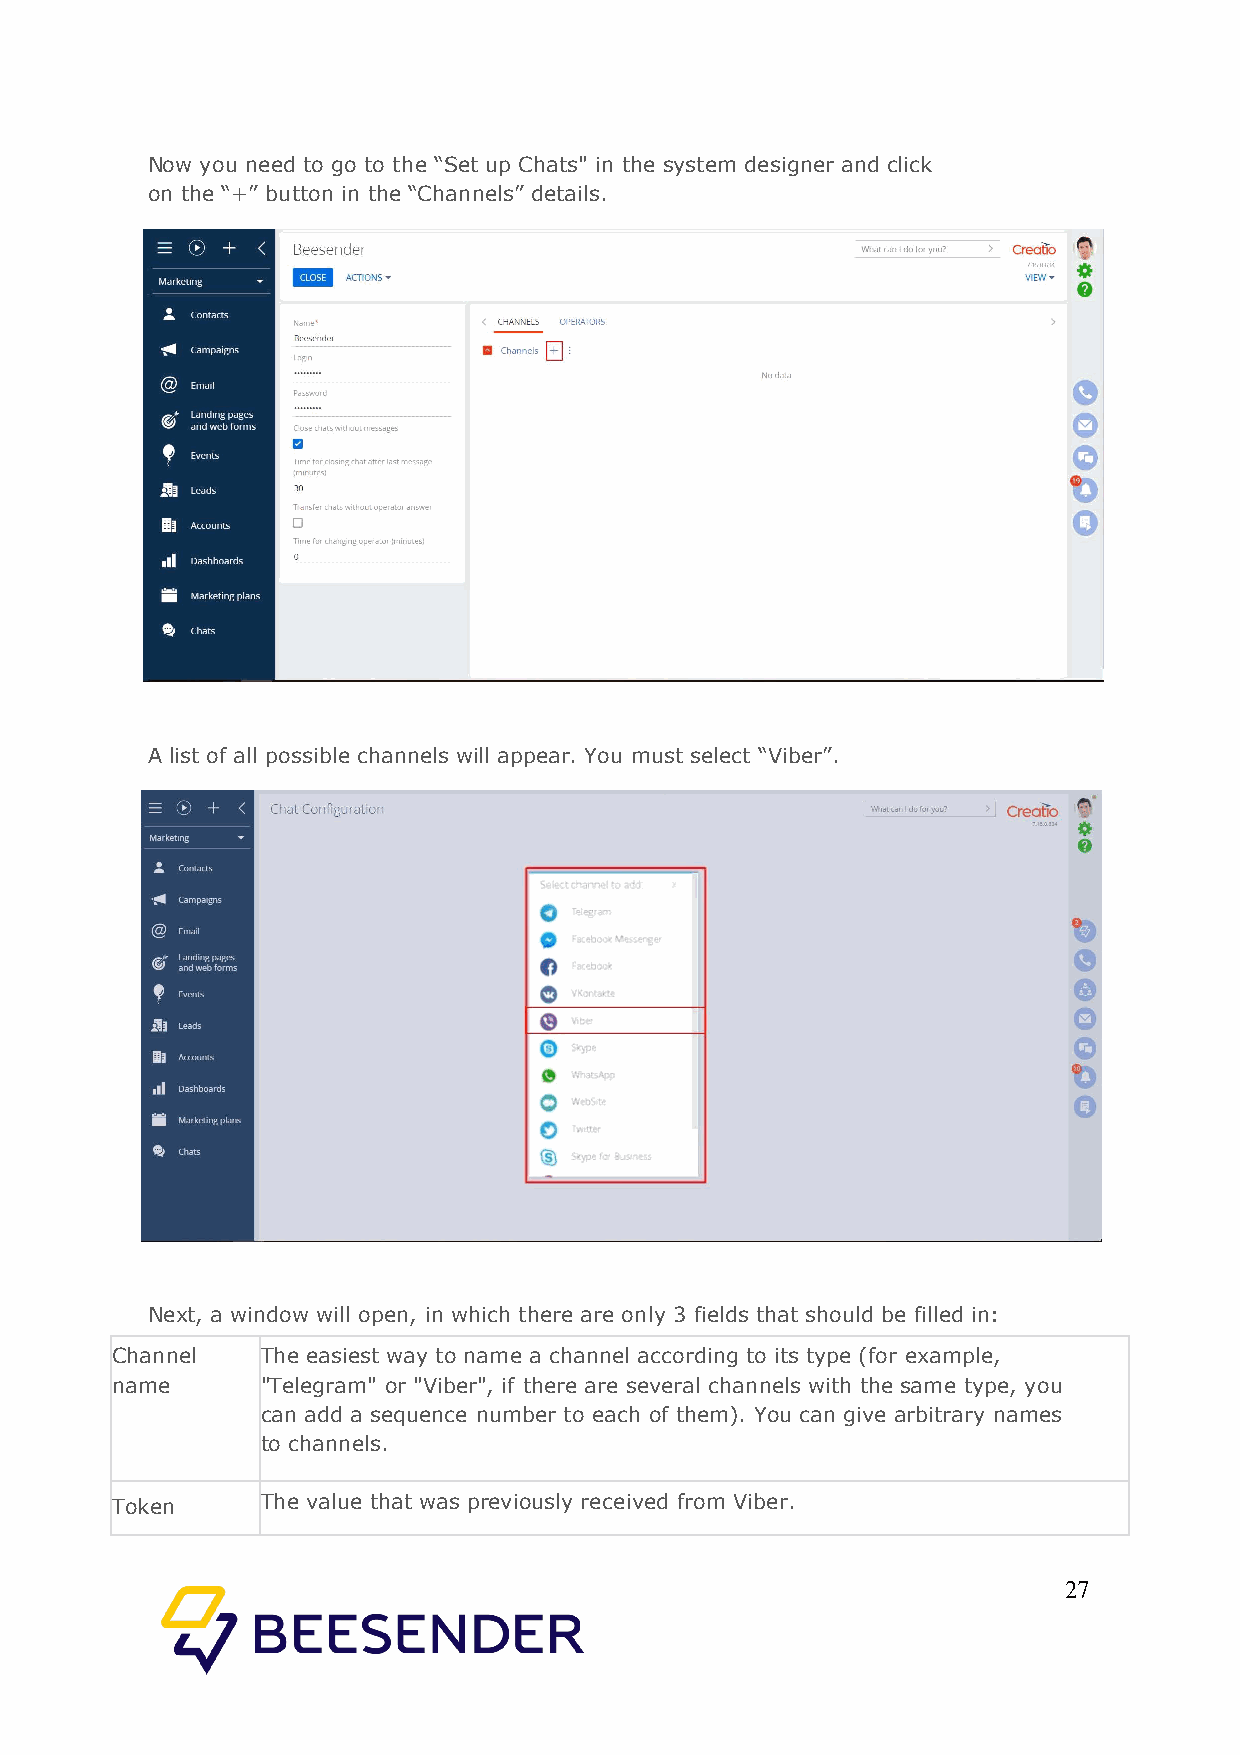
Now you need to go to the “Set up Chats" in the system designer and click
 on the “+” button in the “Channels” details.
 A list of all possible channels will appear. You must select “Viber”.
 Next, a window will open, in which there are only 3 fields that should be filled in:
 Channel   The easiest way to name a channel according to its type (for example,
 name      "Telegram" or "Viber", if there are several channels with the same type, you
 can add a sequence number to each of them). You can give arbitrary names
 to channels.
 Token     The value that was previously received from Viber.
 27